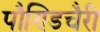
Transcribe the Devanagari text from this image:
पौण्डिचैरी